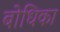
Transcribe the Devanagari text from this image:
बोधिका